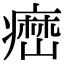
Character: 𤹳